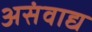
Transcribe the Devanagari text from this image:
असंवाद्य